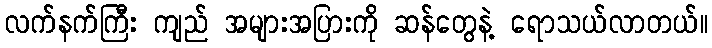
လက်နက်ကြီး ကျည် အများအပြားကို ဆန်တွေနဲ့ ရောသယ်လာတယ်။